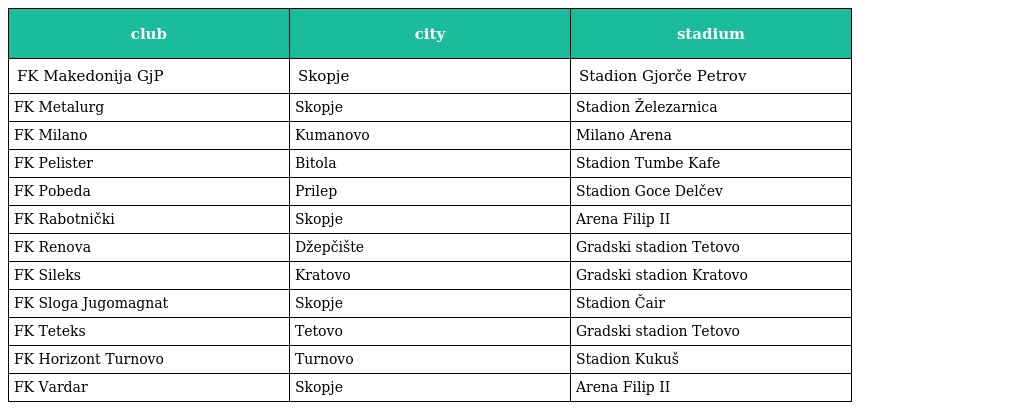
| club | city | stadium |
 | --- | --- | --- |
 | FK Makedonija GjP | Skopje | Stadion Gjorče Petrov |
 | FK Metalurg | Skopje | Stadion Železarnica |
 | FK Milano | Kumanovo | Milano Arena |
 | FK Pelister | Bitola | Stadion Tumbe Kafe |
 | FK Pobeda | Prilep | Stadion Goce Delčev |
 | FK Rabotnički | Skopje | Arena Filip II |
 | FK Renova | Džepčište | Gradski stadion Tetovo |
 | FK Sileks | Kratovo | Gradski stadion Kratovo |
 | FK Sloga Jugomagnat | Skopje | Stadion Čair |
 | FK Teteks | Tetovo | Gradski stadion Tetovo |
 | FK Horizont Turnovo | Turnovo | Stadion Kukuš |
 | FK Vardar | Skopje | Arena Filip II |